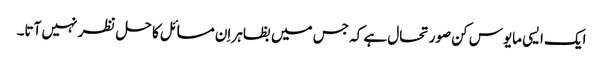
ایک ایسی مایوس کن صورتحال ہے کہ جس میں بظاہر اِن مسائل کا حل نظر نہیں آتا۔